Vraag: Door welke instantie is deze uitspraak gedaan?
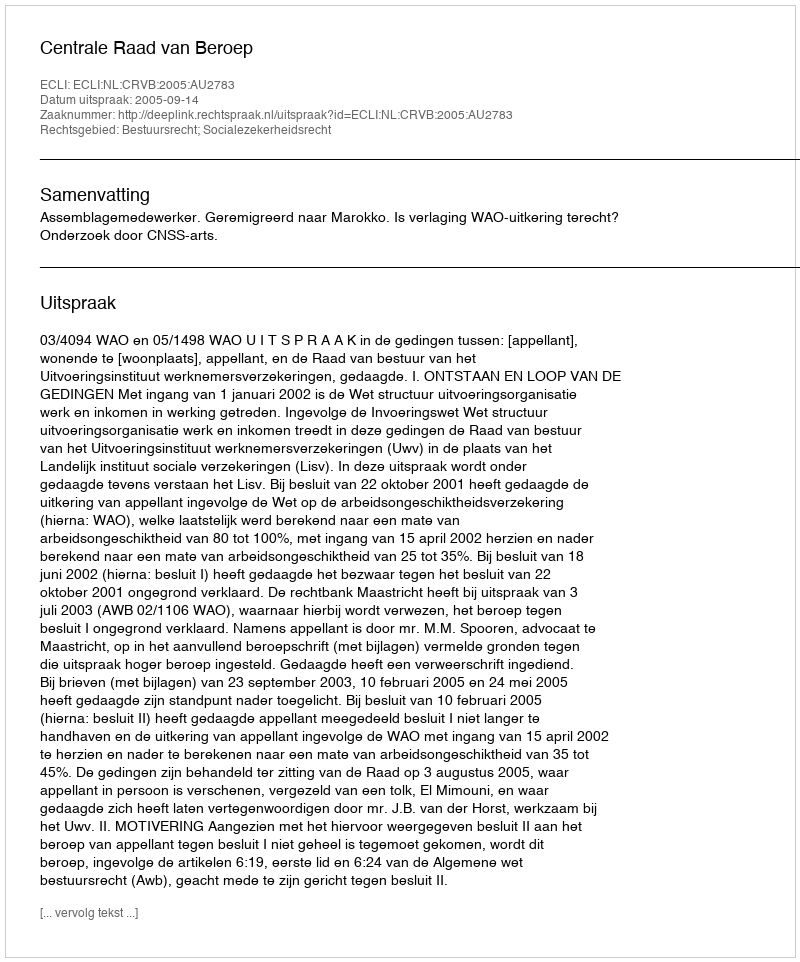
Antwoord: Centrale Raad van Beroep